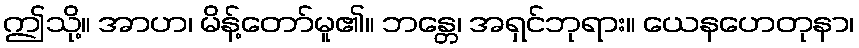
ဤသို့။ အာဟ၊ မိန့်တော်မူ၏။ ဘန္တေ၊ အရှင်ဘုရား။ ယေနဟေတုနာ၊